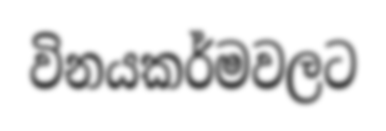
විනයකර්මවලට